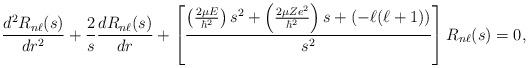
LaTeX: \begin{align*}\frac{d^2R_{n\ell}(s)}{dr^2}+\frac{2}{s}\frac{dR_{n\ell}(s)}{dr}+\left[\frac{\left(\frac{2\mu E}{\hbar^2}\right)s^2+\left(\frac{2\mu Ze^2}{\hbar^2}\right)s+(-\ell(\ell+1))}{s^2}\right]R_{n\ell}(s)=0,\end{align*}